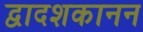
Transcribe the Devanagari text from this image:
द्वादशकानन